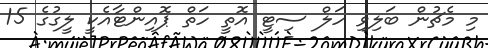
މި މެޗުން ބަލިވި ހަލް ސިޓީ އޮތީ ހަތް ޕޮއިންޓާއެކީ ލީގުގެ 15